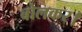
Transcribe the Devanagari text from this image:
बोलकर।